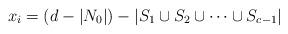
LaTeX: \begin{align*}x_i=(d-|N_0|)-|S_1\cup S_2 \cup \cdots \cup S_{c-1}| \end{align*}